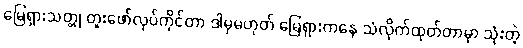
မြေရှားသတ္တု တူးဖော်လုပ်ကိုင်တာ ဒါမှမဟုတ် မြေရှားကနေ သံလိုက်ထုတ်တာမှာ သုံးတဲ့